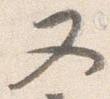
又